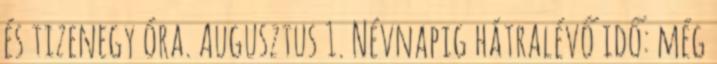
és tizenegy óra. Augusztus 1. Névnapig hátralévő idő: még